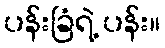
ပန်းခြံရဲ့ ပန်း။